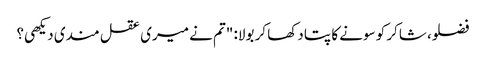
فضلو، شاکر کو سونے کا پتا دکھا کر بولا: "تم نے میری عقل مندی دیکھی؟